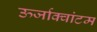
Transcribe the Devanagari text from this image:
ऊर्जाक्वांटम